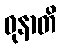
ဓုနာတိ